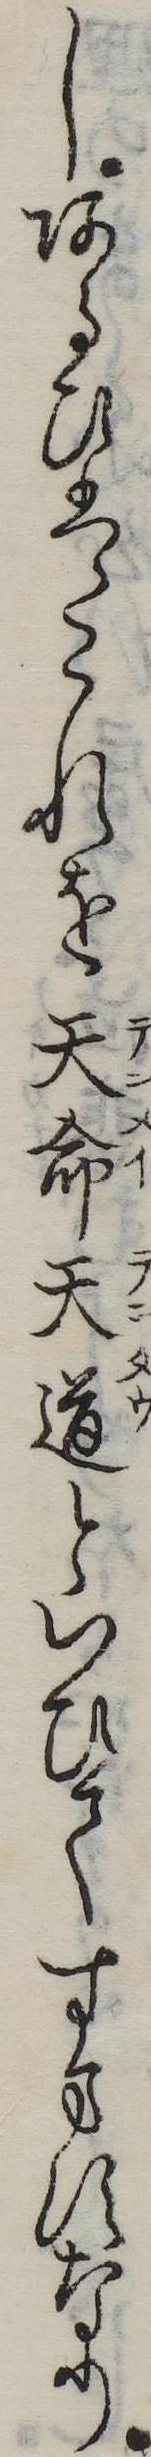
しあるひはこれを天命天道といひてすますなり